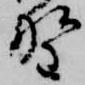
野